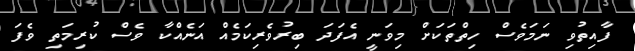
ފާއިތުވި ނަމަވެސް ހިތްތަކަށް މިވަނީ އެފަދަ ބިރުވެރިކަމެއް އަނެއްކާ ވެސް ކުރިމަތި ވެފަ